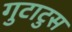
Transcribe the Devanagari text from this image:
गुटाटुस